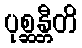
ပုစ္ဆန္တီတိ